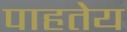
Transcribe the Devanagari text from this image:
पाहतेय